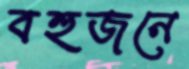
বহুজনে